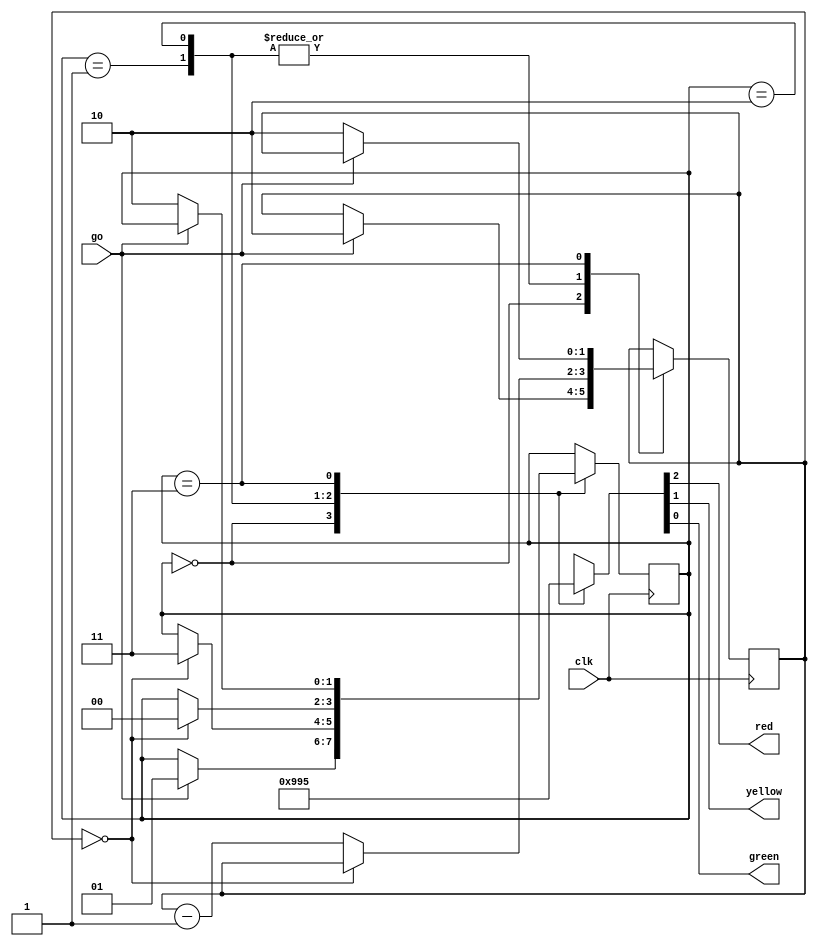
module traffic(input wire  clk,
               input wire  go,
               output reg red,
               output reg yellow,
               output reg green);
  // 0: stop, 1: starting, 2: stopping, 3: go
  reg [1:0] state = 0;
  reg [1:0] counter;

  always @(*)
    case (state)
      0: {red, yellow, green} = 3'b100;
      1: {red, yellow, green} = 3'b110;
      2: {red, yellow, green} = 3'b010;
      3: {red, yellow, green} = 3'b101;
    endcase

  always @(posedge clk)
    case (state)
      0: begin
        if (go) begin
          state <= 1;
          counter <= 2;
        end
      end
      1: begin
        if (counter == 0)
          state <= 3;
        else
          counter <= counter - 1;
      end
      2: begin
        if (counter == 0)
          state <= 0;
        else
          counter <= counter - 1;
      end
      3: if (!go) begin
        state <= 2;
        counter <= 2;
      end
    endcase

endmodule